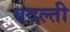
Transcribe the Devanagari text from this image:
बदल्ती